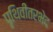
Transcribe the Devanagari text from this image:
पृथिवीतरभेद